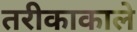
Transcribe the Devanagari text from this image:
तरीकाकाले